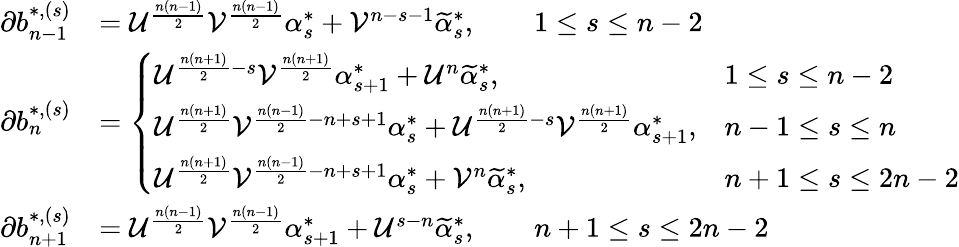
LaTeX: \begin{array}{rl}{\partial b_{n-1}^{*,(s)}}&{=\mathcal{U}^{\frac{n(n-1)}{2}}\mathcal{V}^{\frac{n(n-1)}{2}}\alpha_{s}^{*}+\mathcal{V}^{n-s-1}\widetilde{\alpha}_{s}^{*},\qquad 1\leq s\leq n-2}\\ {\partial b_{n}^{*,(s)}}&{=\left\{ \begin{array}{ll}{\mathcal{U}^{\frac{n(n+1)}{2}-s}\mathcal{V}^{\frac{n(n+1)}{2}}\alpha_{s+1}^{*}+\mathcal{U}^{n}\widetilde{\alpha}_{s}^{*},\qquad}&{1\leq s\leq n-2}\\ {\mathcal{U}^{\frac{n(n+1)}{2}}\mathcal{V}^{\frac{n(n-1)}{2}-n+s+1}\alpha_{s}^{*}+\mathcal{U}^{\frac{n(n+1)}{2}-s}\mathcal{V}^{\frac{n(n+1)}{2}}\alpha_{s+1}^{*},}&{n-1\leq s\leq n}\\ {\mathcal{U}^{\frac{n(n+1)}{2}}\mathcal{V}^{\frac{n(n-1)}{2}-n+s+1}\alpha_{s}^{*}+\mathcal{V}^{n}\widetilde{\alpha}_{s}^{*},}&{n+1\leq s\leq 2n-2}\end{array}\right.}\\ {\partial b_{n+1}^{*,(s)}}&{=\mathcal{U}^{\frac{n(n-1)}{2}}\mathcal{V}^{\frac{n(n-1)}{2}}\alpha_{s+1}^{*}+\mathcal{U}^{s-n}\widetilde{\alpha}_{s}^{*},\qquad n+1\leq s\leq 2n-2}\end{array}